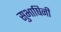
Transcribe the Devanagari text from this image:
सुभाषिनी